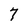
Character: 7